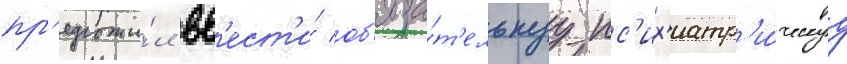
пр'едложи́л вв'ест'и́ об'яза́т'ельнуу пс'их'иатр'и́ческуу